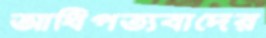
আধিপত্যবাদের